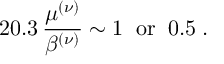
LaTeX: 2 0 . 3 \, \frac { \mu ^ { ( \nu ) } } { \beta ^ { ( \nu ) } } \sim 1 \; \; \mathrm { o r } \; \; 0 . 5 \; .